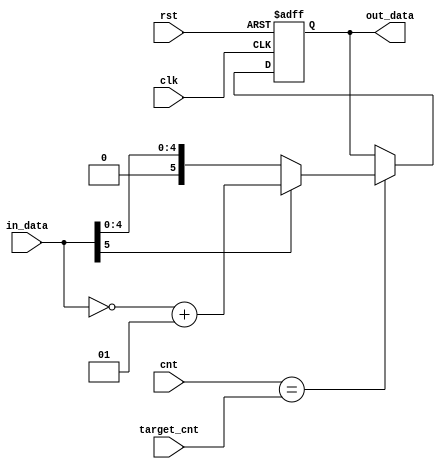
module get_abs #(parameter quan_width = 6)
(input wire clk, input wire rst, input wire [7:0] cnt, input wire [7:0] target_cnt, input wire signed [quan_width-1:0] in_data, output reg [quan_width-1:0] out_data);
always @ (posedge clk or negedge rst) begin
    if (!rst) begin out_data <= 0; end
    else begin
        if (cnt == target_cnt) begin out_data <= in_data[quan_width-1] == 0 ? in_data : ~in_data + 1; end
    end
end

endmodule

module assign_C2V #(parameter quan_width = 6)
(input wire clk, input wire rst, input wire [3:0] cnt, input wire [3:0] target_cnt, input wire signed [quan_width-1:0] min1,
input wire signed [quan_width-1:0] min2,input wire signed [quan_width-1:0] V2C, input wire final_sign, output reg signed [quan_width-1:0] C2V);
reg [quan_width-1:0] tmp;
always @ (posedge clk or negedge rst) begin
    if (!rst) begin tmp <= 0; C2V <= 0; end
    else begin
        if (cnt == target_cnt) begin
            if (min1 == V2C || min1 == ~V2C + 1) begin tmp <= min2 * 3 / 4; end
            else begin tmp <= min1 * 3 / 4; end
        end
        else if (cnt == target_cnt + 1) begin
            if (final_sign == 0) C2V <= tmp;
            else C2V <= ~tmp + 1;
        end
    end
end
endmodule

module in2out2 #(parameter quan_width = 6)
(input wire clk, input wire rst, input wire [7:0] cnt, input wire [7:0] target_cnt, input wire signed [quan_width-1:0] in_data1,
input wire signed [quan_width-1:0] in_data2, output reg [quan_width-1:0] out_data1, output reg [quan_width-1:0] out_data2);
    always @ (posedge clk or negedge rst) begin
        if (!rst) begin out_data1 <= 0; out_data2 <= 0; end
        else begin
            if (cnt == target_cnt) begin
                if (in_data1 > in_data2) begin out_data1 <= in_data2; out_data2 <= in_data1; end
                else begin out_data1 <= in_data1; out_data2 <= in_data2; end
            end
        end
    end
endmodule

module in3out2 #(parameter quan_width = 6)
(input wire clk, input wire rst, input wire [7:0] cnt, input wire [7:0] target_cnt,
input wire [quan_width-1:0] in_data1, input wire [quan_width-1:0] in_data2, input wire [quan_width-1:0] in_data3,
output reg [quan_width-1:0] out_data1, output reg [quan_width-1:0] out_data2);
always @ (posedge clk or negedge rst) begin
    if (!rst) begin out_data1 <= 0; out_data2 <= 0; end
    else begin
        if (cnt == target_cnt) begin
            if (in_data1 < in_data2) begin
                if (in_data3 <= in_data1) begin out_data1 <= in_data3; out_data2 <= in_data1; end
                else if (in_data2 <= in_data3) begin out_data1 <= in_data1; out_data2 <= in_data2; end
                else begin out_data1 <= in_data1; out_data2 <= in_data3; end
            end
            else begin//in_data2 < in_data1
                if (in_data3 <= in_data2) begin out_data1 <= in_data3; out_data2 <= in_data2; end
                else if (in_data1 <= in_data3) begin out_data1 <= in_data2; out_data2 <= in_data1; end
                else begin out_data1 <= in_data2; out_data2 <= in_data3; end
            end
        end
    end
end
endmodule

module in4out2 #( parameter quan_width = 6)
(input wire clk, input wire rst, input wire [7:0] cnt, input wire [7:0] target_cnt, input wire [quan_width-1:0] in_data1,
input wire [quan_width-1:0] in_data2,input wire [quan_width-1:0] in_data3,input wire [quan_width-1:0] in_data4,
output reg [quan_width-1:0] out_data1,output reg [quan_width-1:0] out_data2);
always @ (posedge clk or negedge rst) begin
    if (!rst) begin out_data1 <= 0; out_data2 <= 0; end
    else begin
        if (cnt == target_cnt) begin
            if (in_data4 <= in_data1) begin out_data1 <= in_data3; out_data2 <= in_data4; end
            else if (in_data2 <= in_data3) begin out_data1 <= in_data1; out_data2 <= in_data2; end
            else begin
                if (in_data3 < in_data1) begin out_data1 <= in_data3; out_data2 <= in_data1; end
                else begin out_data1 <= in_data1; out_data2 <= in_data3; end
            end
        end
    end
end
endmodule